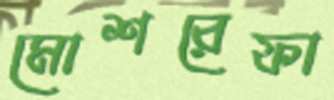
মোশরেফা